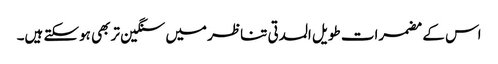
اس کے مضمرات طویل المدتی تناظر میں سنگین تر بھی ہوسکتے ہیں۔